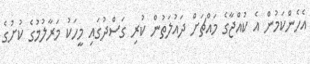
އެހެންކަމުން އެ ކުއްޖާގެ މައްޗަށް ދައުލަތުން ކުރި ގަސްދުގައި މީހަކު މަރާލުމުގެ ކުށުގެ